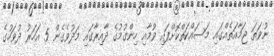
ނުވަތަ ޖަމާއަތެއްގައި މަސައްކަތްކޮށްފައި ވުމާއި ހިންގުމުގެ ދާއިރާގައި މަދުވެގެން 5 އަހަރު ދުވަހުގެ